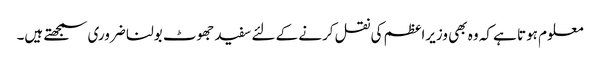
معلوم ہوتا ہے کہ وہ بھی وزیراعظم کی نقل کرنے کے لئے سفید جھوٹ بولنا ضروری سمجھتے ہیں۔